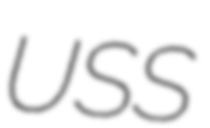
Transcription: USS